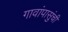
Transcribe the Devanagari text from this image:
गावांपासुंची